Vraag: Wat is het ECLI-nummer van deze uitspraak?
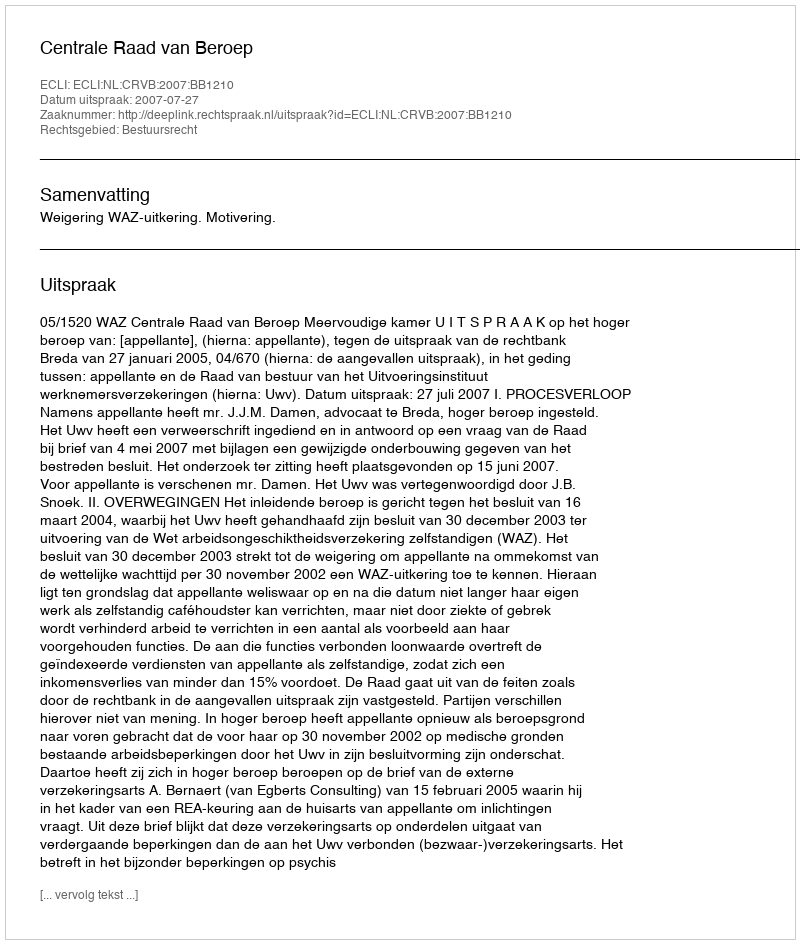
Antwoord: ECLI:NL:CRVB:2007:BB1210